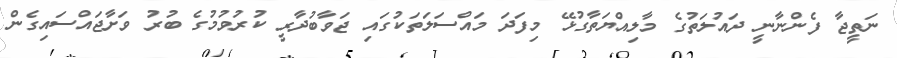
ނަތީޖާ ފެންނާނީ ދައުލަތުގެ މާލިއްޔަތާގުޅޭ މިފަދަ މައްސަލަތަކުގައި ޖަވާބުދާރީ ކުރުވުމުގެ ބުރު ވަށާޖައްސައިގެން